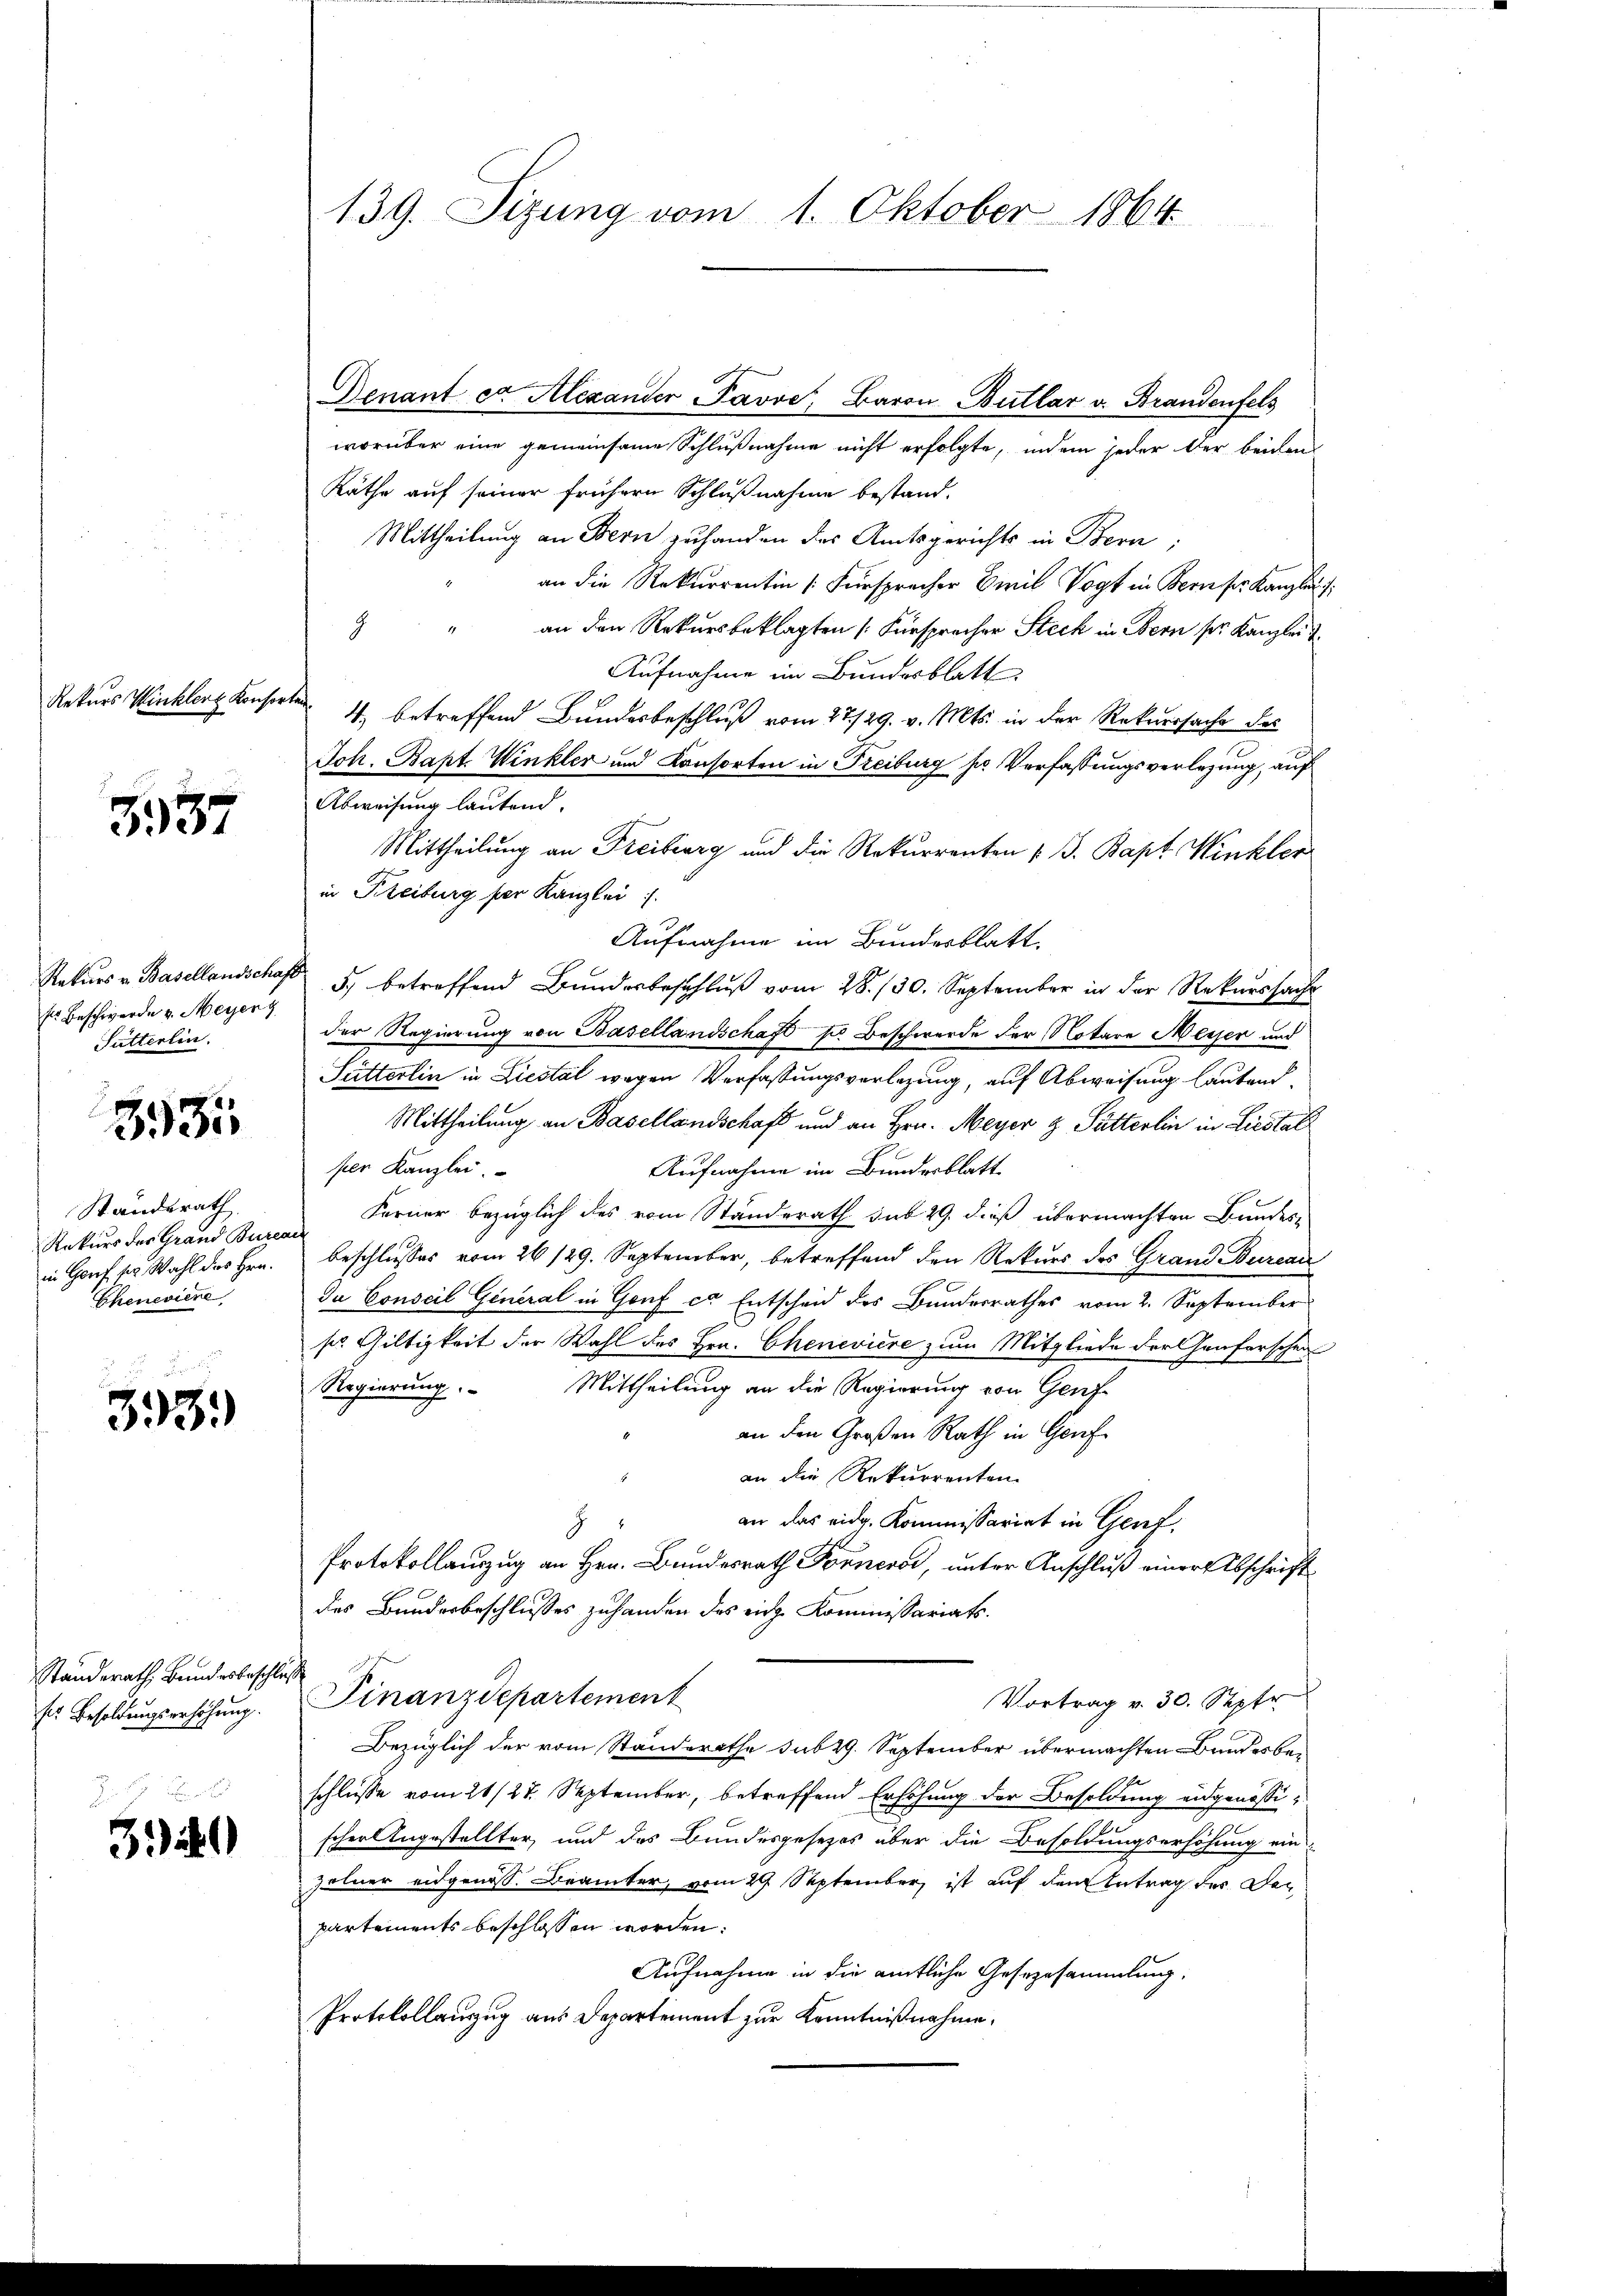
Rekurs Winkler Konsorten.

5937

Rekurs v. Basellandschaf
sr Beschwerde v. Meyer
Sutterlin.

393

Standerath
Rekurs der Grand Bure
in Genf ser Wahl des Hrn.
Cheneviere,

393.)

Standerath, Bundesbeschluss
ser Besoldungserhöhung.

3)

139. Sizung vom 1. Oktober 1864

Denant ca Alexander Pavve, Baron Bullar v. Brandenfels
worüber eine gemeinsame Schlußnahme nicht erfolgte, indem jeder der beiden
Räthe auf seiner frühern Schlußnahme bestand-
Mittheilung an Bern zuhanden das Amtsgerichts in Bern;
an die Rekurrentin (Fürsprecher Emil Vogt in Bern pr. Kanzlei
9 " an den Rekursbeklagten (Fürsprecher Steck in Bern pr. Kanzlei d
Aufnahme im Bundesblatt
4. betreffend Bundesbeschluß vom 27./29. v. Mts. in der Rekursache des
Joh. Bapt. Winkler und Konsorten in Freiburg her Verfassungsverlegung, auf
Abweisung lautend.
Mittheilung an Freiberg und die Rekurrenten v. J. Bapt Winkler
in Kreiburg per Kanzlei
Aufnahme im Bundesblatt
 5, betreffend Bundesbeschluß vom 28. 130. September in der Rekurssache
der Regierung von Basellandschaft sie Beschwerde der Notare Meiser und
Sutterlin in Liestal wegen Verfassungsverlegung, auf Abweisung lautend,
Mittheilung an Basellandschaft und an Hrn. Meyer z Pütterlin in Liestal
per Kanzlei.
Aufnahme im Bundesblatt
Ferner bezüglich des vom Standerath sub 29. dieß übermachten Bundes-
A
beschlusses vom 26 129. September, betreffend den Rekurs des Grand Bureau
Da Conseil General in Genf er Entscheid des Bundesrathes vom 2. September
ses Giltigkeit der Wahl des Hrn. Chenevière zum Mitgliede der Genforschen
Mittheilung an die Regierung von Genf
Regierung.
an den Großen Rath in Genf
an die Rekurrenten.
an das eidg. Kommissariat in Genf,

Protokollauszug an Hrn. Bundesrath Forneros, unter Anschluß einer Abschrift
des Bundesbeschlusses zuhanden des rich Kommissariats¬
Finanzdepartement
Vortrag v. 30. Septe
Bezüglich der vom Standerathe sub 29. September übermachten Bundesbeschlüsse vom 21/27. September, betreffend Erhöhung der Besoldung eidgenössischer Angestellter, und das Bundesgesezes über die Besoldungserhöhung ein-
zelner eidgenoss. Beamter, vom 29 September ist auf dem Antrag der Departements beschlossen worden.
Aufnahme in die amtliche Gesezusammlung,
Protokollauszug aus Departement zur Kenntnißnahme.